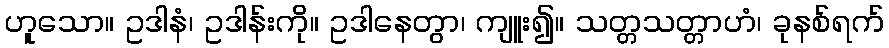
ဟူသော။ ဥဒါနံ၊ ဥဒါန်းကို။ ဥဒါနေတွာ၊ ကျူး၍။ သတ္တသတ္တာဟံ၊ ခုနစ်ရက်